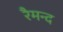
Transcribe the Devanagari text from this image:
रैमन्द